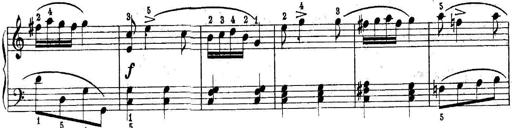
Title: Piano Sonatina No.1 in C major
Composer: Tadeusz Joteyko
Key: C major